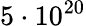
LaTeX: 5\cdot 10^{20}